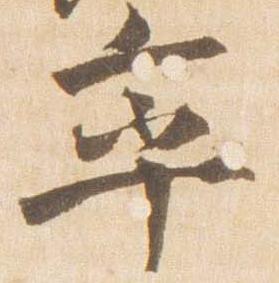
率